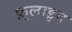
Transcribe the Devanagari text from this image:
फ़्लाइन